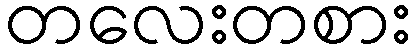
တလေးတစား